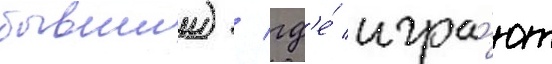
бывшии) / гд'е́ игра́ют